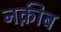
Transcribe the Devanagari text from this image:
नक़ीब